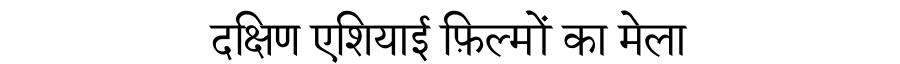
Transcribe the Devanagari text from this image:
दक्षिण एशियाई फ़िल्मों का मेला